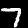
Digit: 7